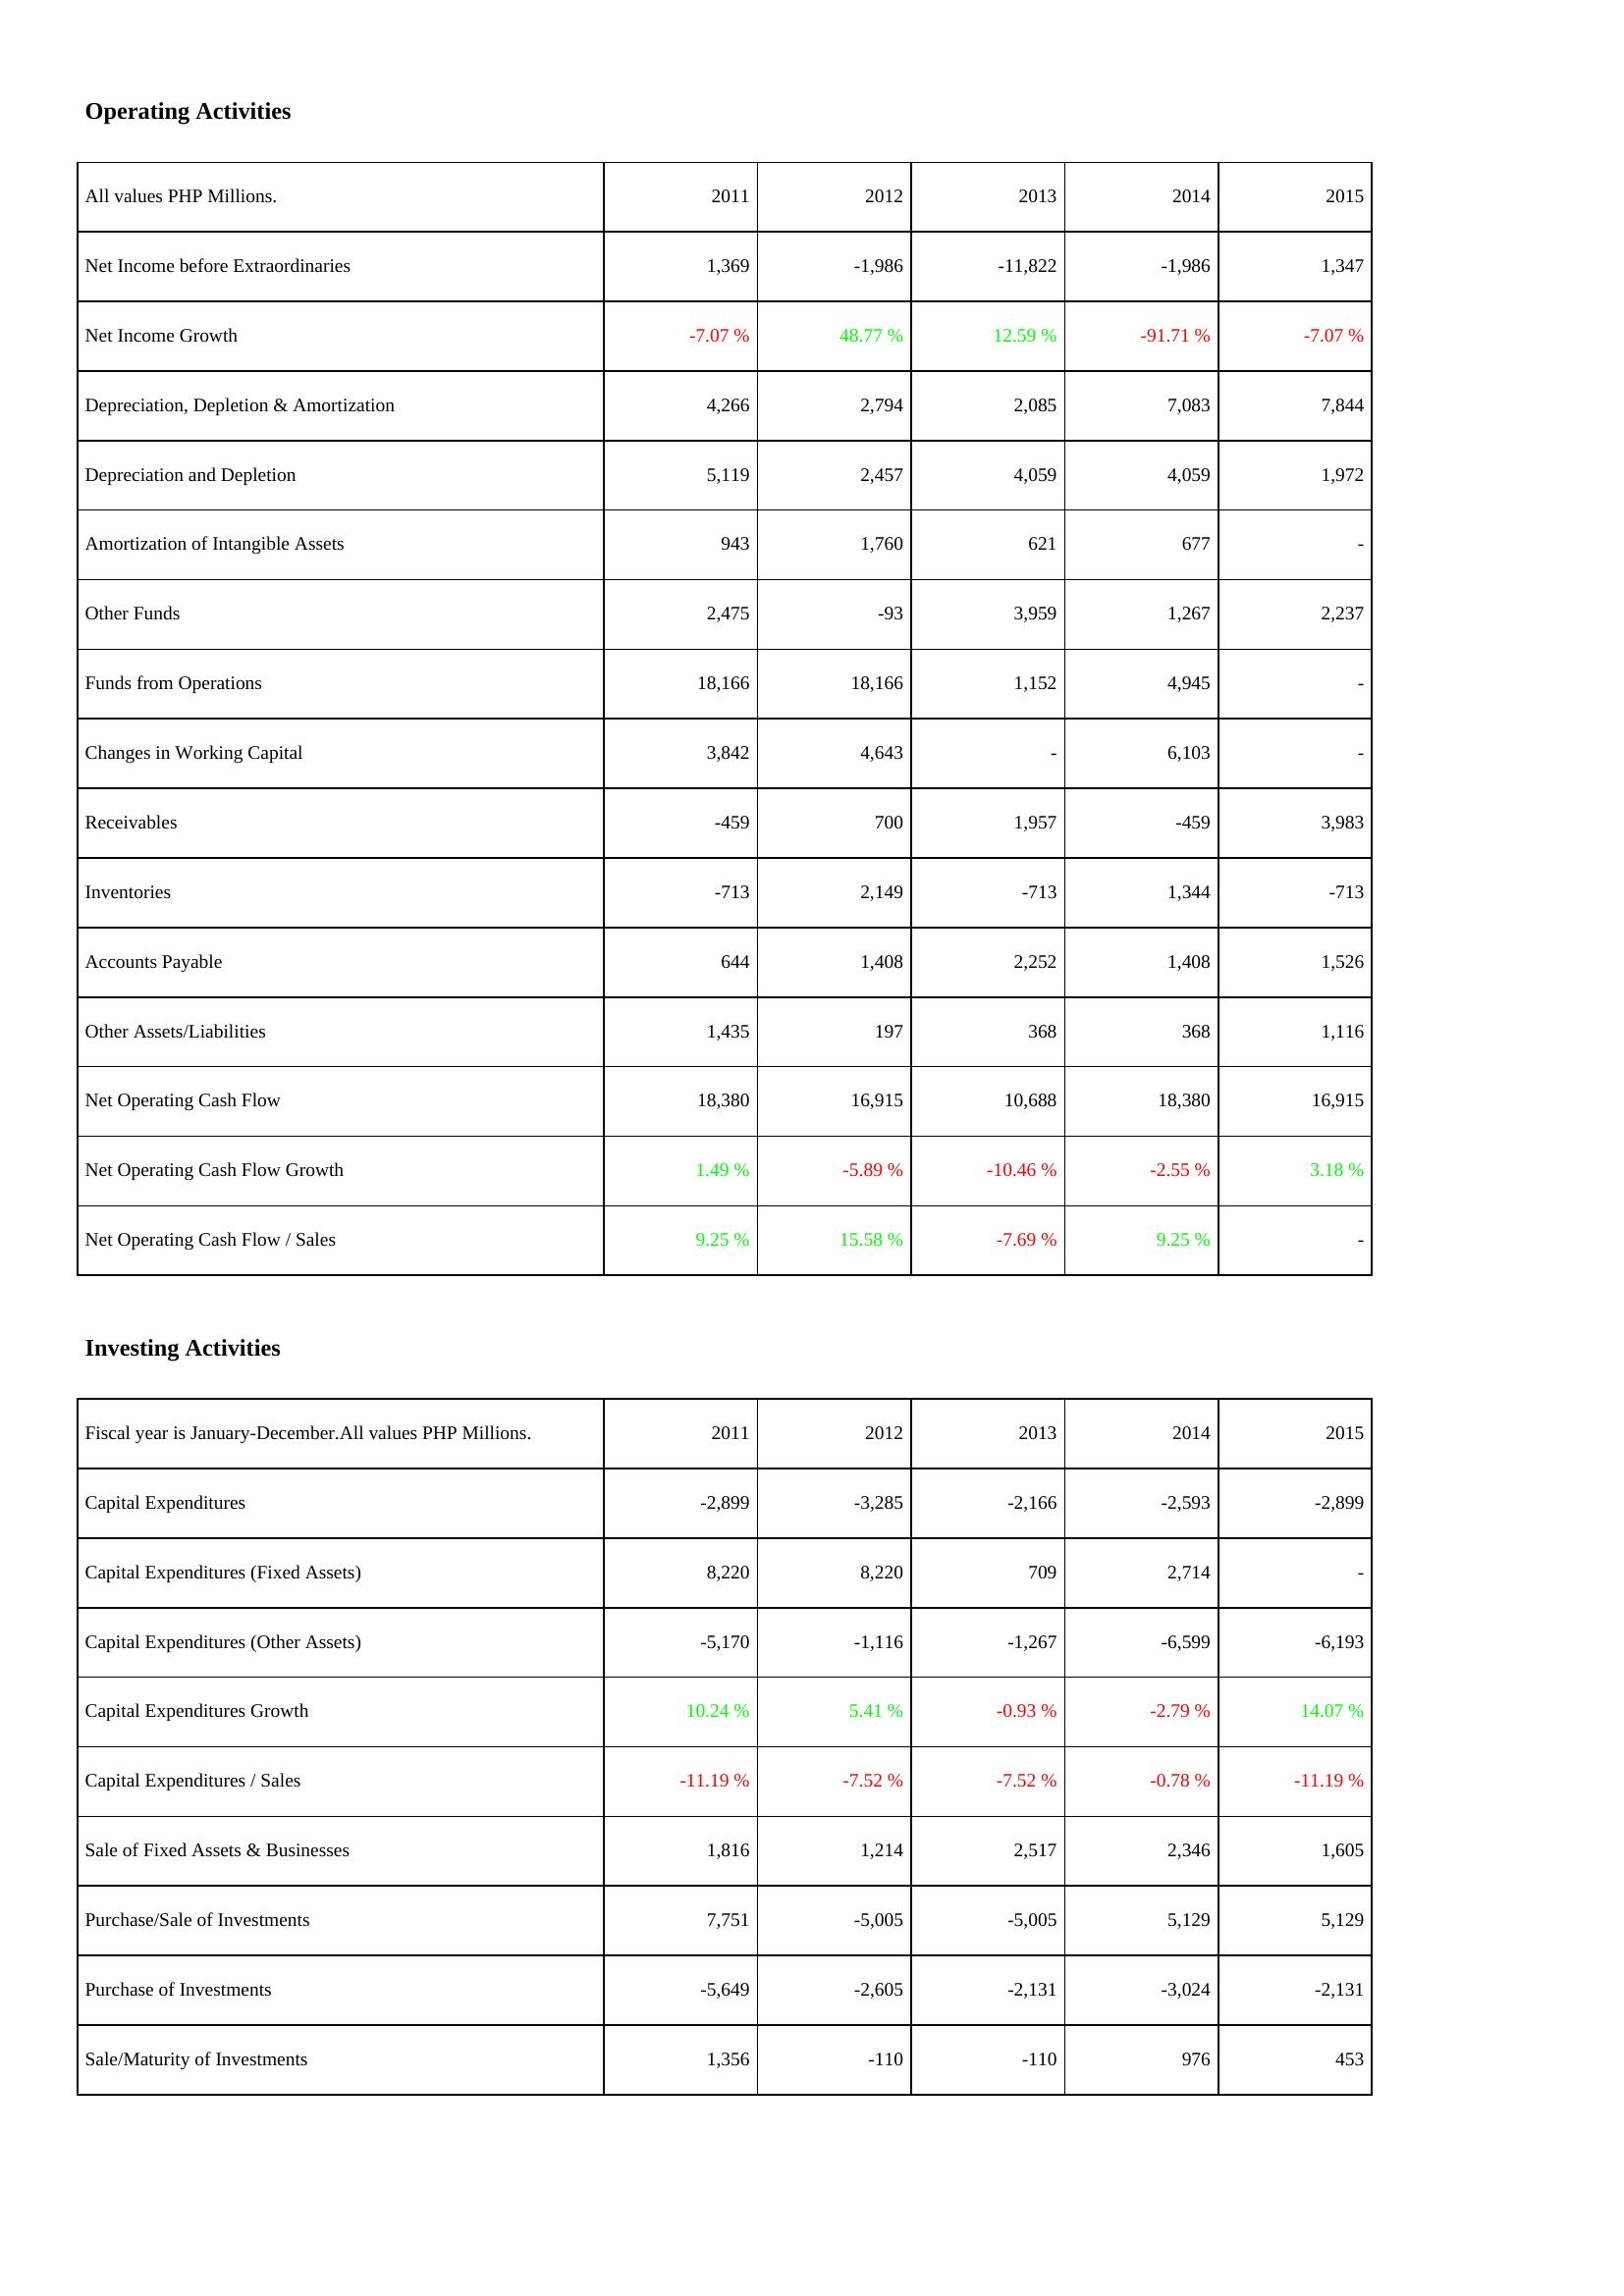
2011: Operating Activities: Net Income before Extraordinaries: 1,369
Net Income Growth: -7.07 %
Depreciation, Depletion & Amortization: 4,266
Depreciation and Depletion: 5,119
Amortization of Intangible Assets: 943
Other Funds: 2,475
Funds from Operations: 18,166
Changes in Working Capital: 3,842
Receivables: -459
Inventories: -713
Accounts Payable: 644
Other Assets/Liabilities: 1,435
Net Operating Cash Flow: 18,380
Net Operating Cash Flow Growth: 1.49 %
Net Operating Cash Flow / Sales: 9.25 %
Investing Activities: Capital Expenditures: -2,899
Capital Expenditures (Fixed Assets): 8,220
Capital Expenditures (Other Assets): -5,170
Capital Expenditures Growth: 10.24 %
Capital Expenditures / Sales: -11.19 %
Sale of Fixed Assets & Businesses: 1,816
Purchase/Sale of Investments: 7,751
Purchase of Investments: -5,649
Sale/Maturity of Investments: 1,356
2012: Operating Activities: Net Income before Extraordinaries: -1,986
Net Income Growth: 48.77 %
Depreciation, Depletion & Amortization: 2,794
Depreciation and Depletion: 2,457
Amortization of Intangible Assets: 1,760
Other Funds: -93
Funds from Operations: 18,166
Changes in Working Capital: 4,643
Receivables: 700
Inventories: 2,149
Accounts Payable: 1,408
Other Assets/Liabilities: 197
Net Operating Cash Flow: 16,915
Net Operating Cash Flow Growth: -5.89 %
Net Operating Cash Flow / Sales: 15.58 %
Investing Activities: Capital Expenditures: -3,285
Capital Expenditures (Fixed Assets): 8,220
Capital Expenditures (Other Assets): -1,116
Capital Expenditures Growth: 5.41 %
Capital Expenditures / Sales: -7.52 %
Sale of Fixed Assets & Businesses: 1,214
Purchase/Sale of Investments: -5,005
Purchase of Investments: -2,605
Sale/Maturity of Investments: -110
2013: Operating Activities: Net Income before Extraordinaries: -11,822
Net Income Growth: 12.59 %
Depreciation, Depletion & Amortization: 2,085
Depreciation and Depletion: 4,059
Amortization of Intangible Assets: 621
Other Funds: 3,959
Funds from Operations: 1,152
Changes in Working Capital: -
Receivables: 1,957
Inventories: -713
Accounts Payable: 2,252
Other Assets/Liabilities: 368
Net Operating Cash Flow: 10,688
Net Operating Cash Flow Growth: -10.46 %
Net Operating Cash Flow / Sales: -7.69 %
Investing Activities: Capital Expenditures: -2,166
Capital Expenditures (Fixed Assets): 709
Capital Expenditures (Other Assets): -1,267
Capital Expenditures Growth: -0.93 %
Capital Expenditures / Sales: -7.52 %
Sale of Fixed Assets & Businesses: 2,517
Purchase/Sale of Investments: -5,005
Purchase of Investments: -2,131
Sale/Maturity of Investments: -110
2014: Operating Activities: Net Income before Extraordinaries: -1,986
Net Income Growth: -91.71 %
Depreciation, Depletion & Amortization: 7,083
Depreciation and Depletion: 4,059
Amortization of Intangible Assets: 677
Other Funds: 1,267
Funds from Operations: 4,945
Changes in Working Capital: 6,103
Receivables: -459
Inventories: 1,344
Accounts Payable: 1,408
Other Assets/Liabilities: 368
Net Operating Cash Flow: 18,380
Net Operating Cash Flow Growth: -2.55 %
Net Operating Cash Flow / Sales: 9.25 %
Investing Activities: Capital Expenditures: -2,593
Capital Expenditures (Fixed Assets): 2,714
Capital Expenditures (Other Assets): -6,599
Capital Expenditures Growth: -2.79 %
Capital Expenditures / Sales: -0.78 %
Sale of Fixed Assets & Businesses: 2,346
Purchase/Sale of Investments: 5,129
Purchase of Investments: -3,024
Sale/Maturity of Investments: 976
2015: Operating Activities: Net Income before Extraordinaries: 1,347
Net Income Growth: -7.07 %
Depreciation, Depletion & Amortization: 7,844
Depreciation and Depletion: 1,972
Amortization of Intangible Assets: -
Other Funds: 2,237
Funds from Operations: -
Changes in Working Capital: -
Receivables: 3,983
Inventories: -713
Accounts Payable: 1,526
Other Assets/Liabilities: 1,116
Net Operating Cash Flow: 16,915
Net Operating Cash Flow Growth: 3.18 %
Net Operating Cash Flow / Sales: -
Investing Activities: Capital Expenditures: -2,899
Capital Expenditures (Fixed Assets): -
Capital Expenditures (Other Assets): -6,193
Capital Expenditures Growth: 14.07 %
Capital Expenditures / Sales: -11.19 %
Sale of Fixed Assets & Businesses: 1,605
Purchase/Sale of Investments: 5,129
Purchase of Investments: -2,131
Sale/Maturity of Investments: 453